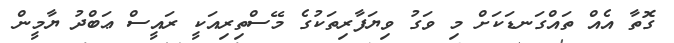
ގޮތާ އެއް ތައްގަނޑަކަށް މި ވަގު ވިޔަފާރިތަކުގެ މޭސްތިރިއަކީ ރައީސް ޢަބްދު ޔާމީން